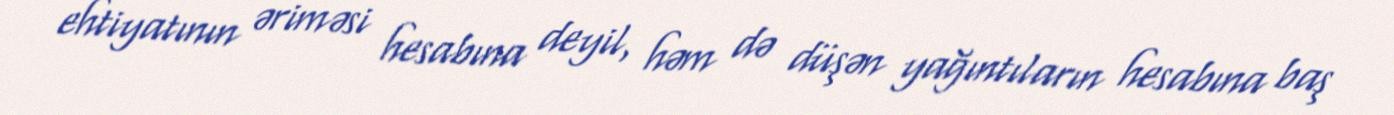
ehtiyatının əriməsi hesabına deyil, həm də düşən yağıntıların hesabına baş